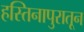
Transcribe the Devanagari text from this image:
हस्तिनापुरातून